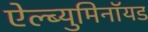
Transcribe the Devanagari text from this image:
ऐल्ब्युमिनॉयड